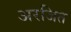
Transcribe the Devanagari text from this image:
अरजित